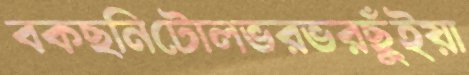
বকছনিটোলভরভরছুঁইয়া